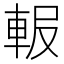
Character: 𨋚